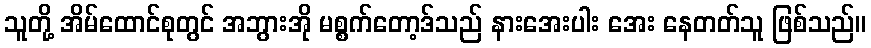
သူတို့ အိမ်ထောင်စုတွင် အဘွားအို မစ္စက်တော့ဒ်သည် နားအေးပါး အေး နေတတ်သူ ဖြစ်သည်။